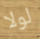
لولا